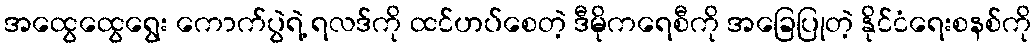
အထွေထွေရွေး ကောက်ပွဲရဲ့ ရလဒ်ကို ထင်ဟပ်စေတဲ့ ဒီမိုကရေစီကို အခြေပြုတဲ့ နိုင်ငံရေးစနစ်ကို